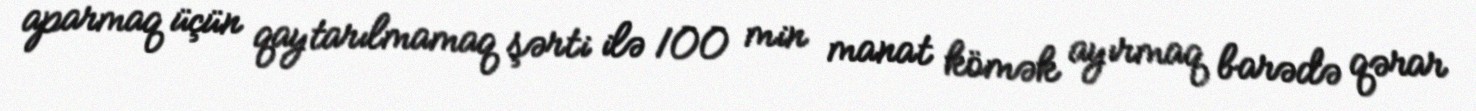
aparmaq üçün qaytarılmamaq şərti ilə 100 min manat kömək ayırmaq barədə qərar